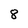
Character: 8